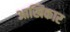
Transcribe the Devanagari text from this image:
आखिकार